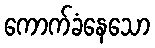
ကောက်ခံနေသော